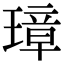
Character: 璋